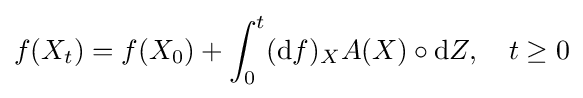
f(X_{t})=f(X_{0})+\int _{0}^{t}(\mathrm {d} f)_{X}A(X)\circ \mathrm {d} Z,\quad t\geq 0